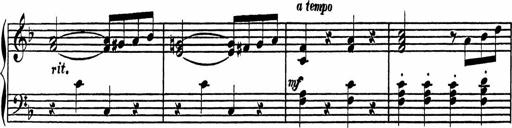
Title: 4 Piano Sonatinas
Composer: Adam Geibel